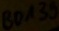
Text: BD139